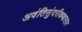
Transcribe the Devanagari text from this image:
अवंतिसुंदरीकथासार